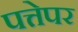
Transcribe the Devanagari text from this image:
पत्तेपर